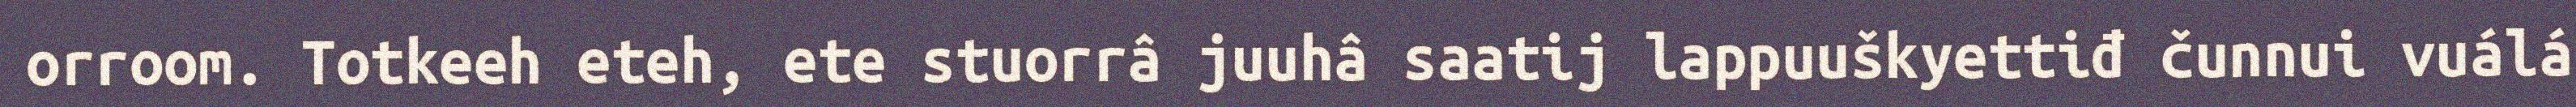
orroom. Totkeeh eteh, ete stuorrâ juuhâ saatij lappuuškyettiđ čunnui vuálá